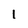
Character: 1